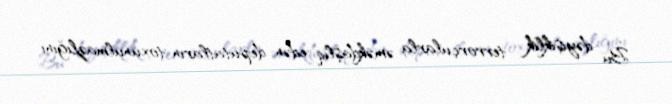
Bu dəyişiklik terrorçularla əməkdaşlıq edən deputatların toxunulmazlığını